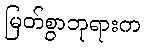
မြတ်စွာဘုရားက